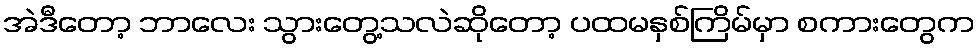
အဲဒီတော့ ဘာလေး သွားတွေ့သလဲဆိုတော့ ပထမနှစ်ကြိမ်မှာ စကားတွေက